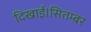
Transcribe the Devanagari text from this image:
दिखाई।सितम्बर